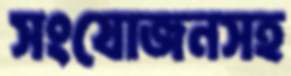
সংযোজনসহ